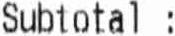
SUBTOTAL :